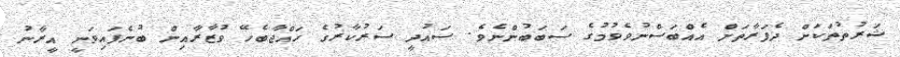
ޝަރުތުތަކަށް ދެފަރާތަށް އެއްބަސްނުވެވުމުގެ ސަބަބުންނެވެ. ސައުދީ ސަރުކާރުގެ ހައްޖާބެހޭ ވުޒާރާއިން ބުނެފައިވަނީ އީރާނު